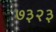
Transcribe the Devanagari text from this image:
७३२३